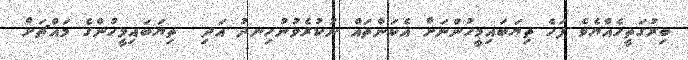
ބިރުގަތީހެއްޔެވެ ފަހެ ތިޔަބައިމީހުންނަށް އެކަންތައް ނުކުރެވުނުހިނދު އަދި  ތިޔަބައިމީހުންގެ މައްޗަށް